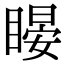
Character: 䁙